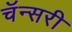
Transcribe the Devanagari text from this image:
चॅन्सरी